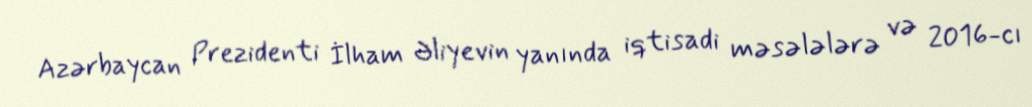
Azərbaycan Prezidenti İlham Əliyevin yanında iqtisadi məsələlərə və 2016-cı